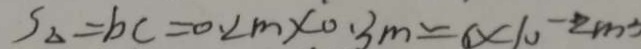
S _ { \Delta } = b c = 0 . 2 m \times 0 . 3 m = 6 \times 1 0 ^ { - 2 } m ^ { 2 }